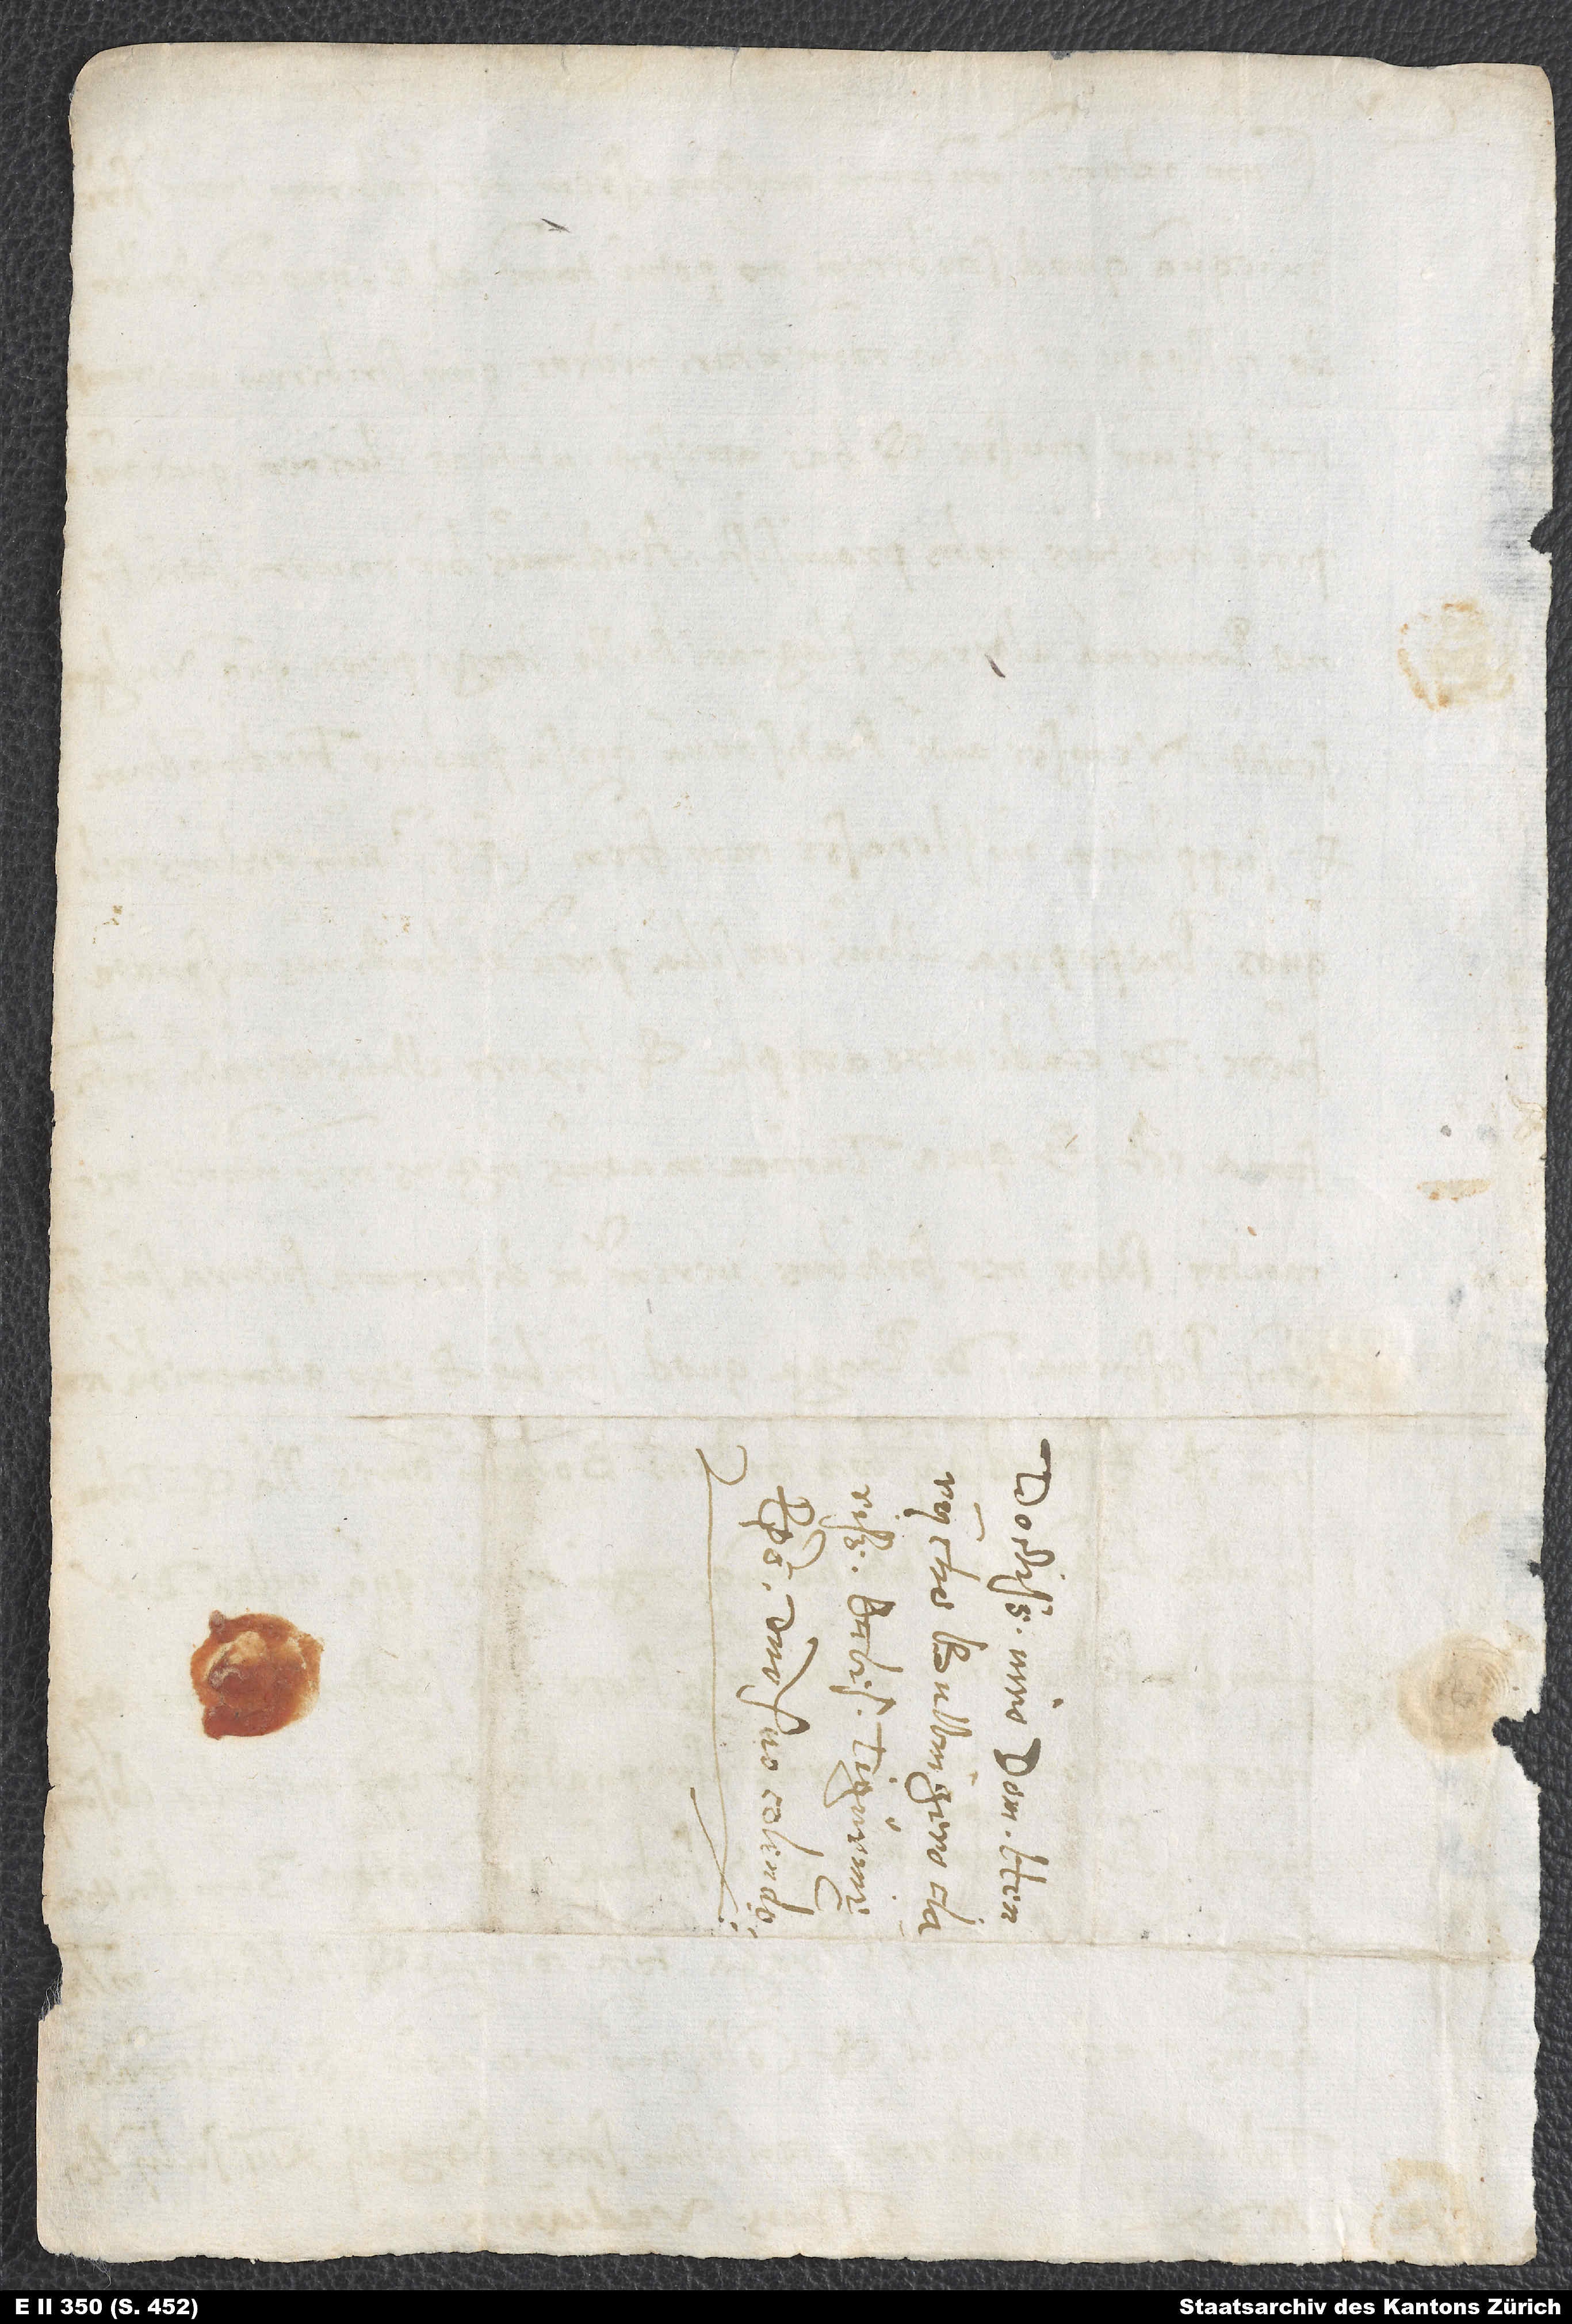
S.